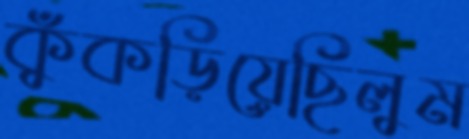
কুঁকড়িয়েছিলুম